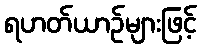
ရဟတ်ယာဉ်များဖြင့်